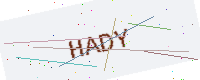
Text: HADY